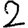
Digit: 2